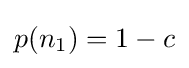
p(n_{1})=1-c